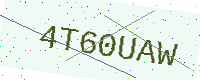
Text: 4T60UAW